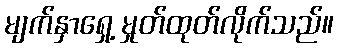
မျက်နှာရှေ့ မှုတ်ထုတ်လိုက်သည်။